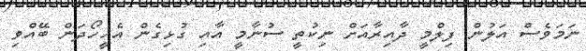
ނަމަވެސް އަލުން ފިލްމީ ދާއިރާއަށް ނިކުތީ ސުނާމީ އާއި ގުޅިގެން އެހީހޯދަން ބޭއްވި